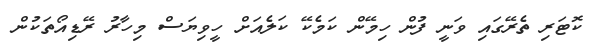
ކޮޓަރި ތެރޭގައި ވަނީ ފުން ހިމޭން ކަމެކޭ ކަލެއަށް ހީވިޔަސް މިހާރު ރޭޑިއޯތަކުން